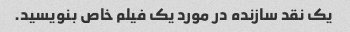
یک نقد سازنده در مورد یک فیلم خاص بنویسید.